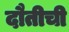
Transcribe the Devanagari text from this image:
दौतीची